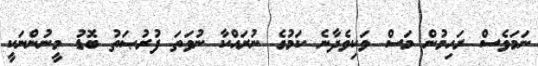
ނަމަވެސް ރަހިމުން މަސް ވަކިވެދާނެ ކަމުގެ ނުރައްކާ ނުވަތަ ފުރުޞަތު ބޮޑު މީނުންނަކީ